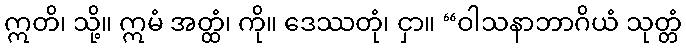
ဣတိ၊ သို့။ ဣမံ အတ္ထံ၊ ကို။ ဒေဿတုံ၊ ငှာ။ “ဝါသနာဘာဂိယံ သုတ္တံ